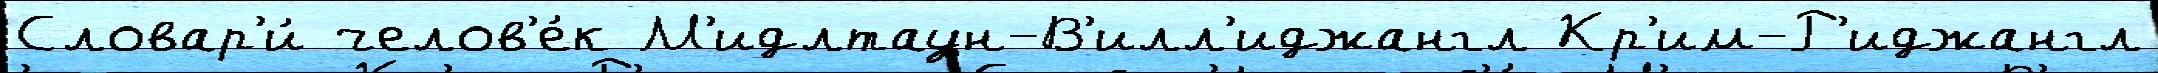
Словар'и́ челов'е́к М'идлтаун-В'илл'иджангл Кр'им-Р'иджангл